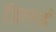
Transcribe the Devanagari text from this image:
डिलर्ड